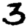
Digit: 3